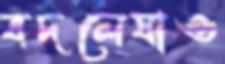
বদলেযাও